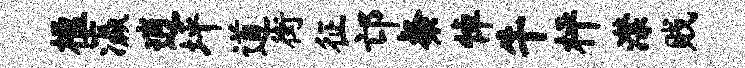
楹瀛逍坪道街征邙粲悼牛枰潸贱